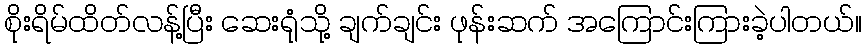
စိုးရိမ်ထိတ်လန့်ပြီး ဆေးရုံသို့ ချက်ချင်း ဖုန်းဆက် အကြောင်းကြားခဲ့ပါတယ်။